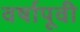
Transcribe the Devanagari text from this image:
वर्षापूवी